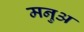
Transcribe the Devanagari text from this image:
मनुअ